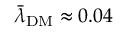
\bar { \lambda } _ { \mathrm { D M } } \approx 0 . 0 4